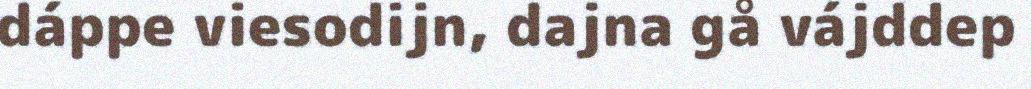
dáppe viesodijn, dajna gå vájddep